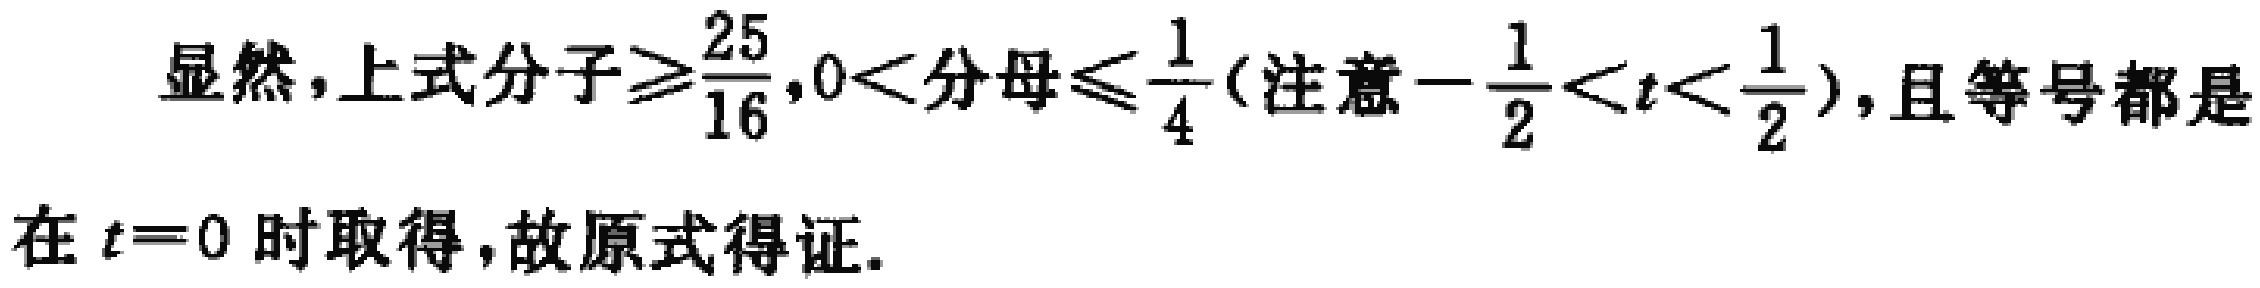
显然，上式分子$\geqslant\frac{25}{16},0<分母\leqslant\frac{1}{4}$(注意$-\frac{1}{2}<t<\frac{1}{2}$)，且等号都是在$t = 0$时取得，故原式得证.